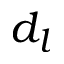
d _ { l }